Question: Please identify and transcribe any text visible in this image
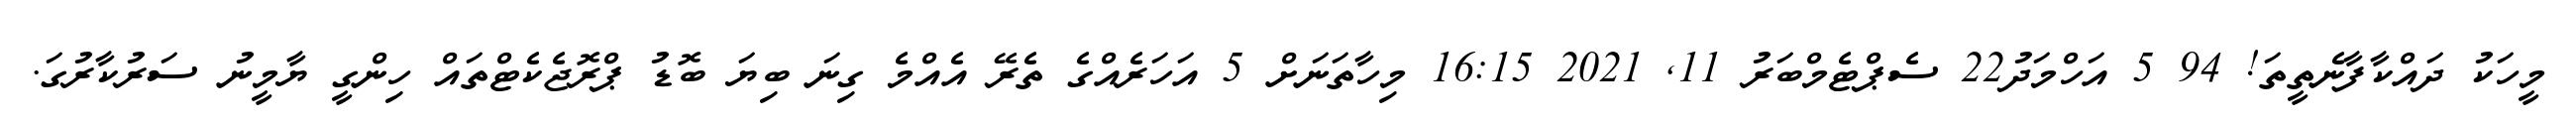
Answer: މީހަކު ދައްކާފާނެތީތަ! 94 5 އަހްމަދު22 ސެޕްޓެމްބަރު 11, 2021 16:15 މިހާތަނަށް 5 އަހަރެއްގެ ތެރޭ އެއްމެ ގިނަ ބިޔަ ބޮޑު ޕްރޮޖެކެޓްތައް ހިންގީ ޔާމީނު ސަރުކާރުގަ.